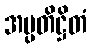
အပ္ပတိဋ္ဌိတံ